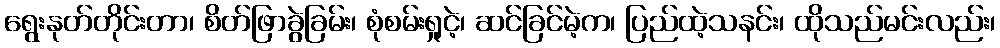
ရွေးနုတ်တိုင်းတာ၊ စိတ်ဖြာခွဲခြမ်း၊ စုံစမ်းရှုငဲ့၊ ဆင်ခြင်မဲ့က၊ ပြည်ထဲ့သနင်း၊ ထိုသည်မင်းလည်း၊